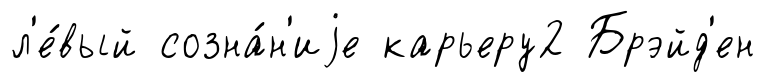
л'е́вый созна́н'иjе карьеру2 Брэйд'ен